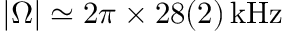
| \Omega | \simeq 2 \pi \times 2 8 ( 2 ) \, \mathrm { k H z }